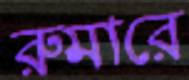
রুমারে